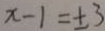
x - 1 = \pm 3